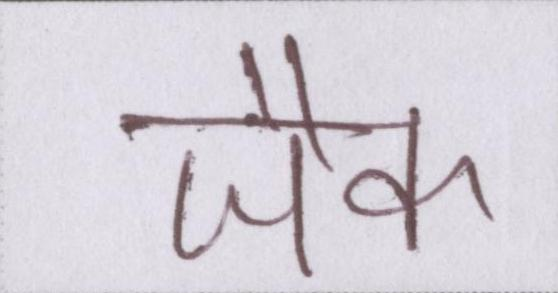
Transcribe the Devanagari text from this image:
जैक